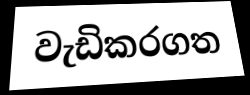
වැඩිකරගත